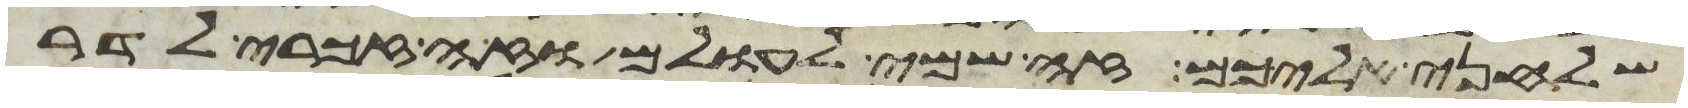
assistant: שלחני אליכם זה שמי לעולם וזה זכרי לדר